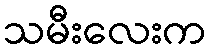
သမီးလေးက